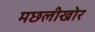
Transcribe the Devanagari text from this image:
मछलीखोर